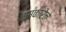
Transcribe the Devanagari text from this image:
मस्कारेन